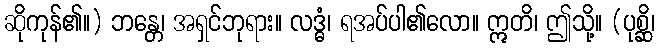
ဆိုကုန်၏။) ဘန္တေ၊ အရှင်ဘုရား။ လဒ္ဓံ၊ ရအပ်ပါ၏လော။ ဣတိ၊ ဤသို့။ (ပုစ္ဆိ၊